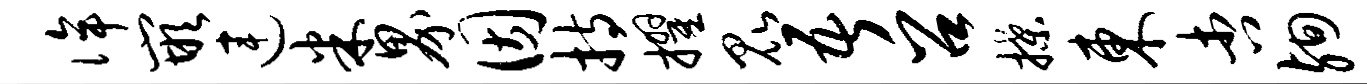
侔嵌连米界因持擢昆吾召揲东杏殉